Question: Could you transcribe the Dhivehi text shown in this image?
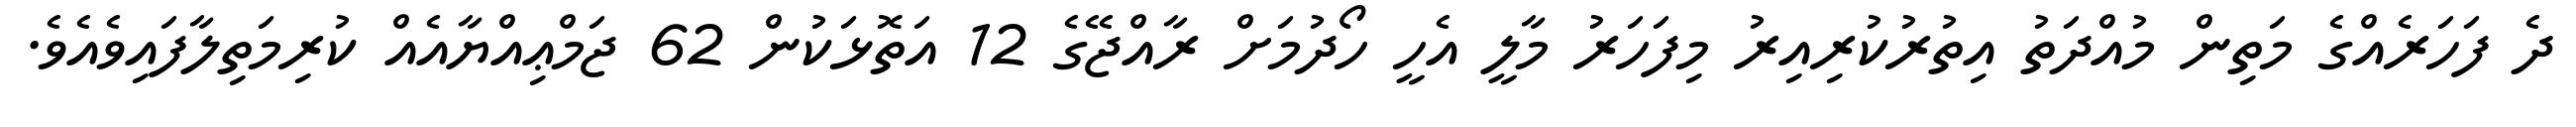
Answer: ދެ ފަހަރެއްގެ މަތިން މުއްދަތު އިތުރުކުރިއިރު މިފަހަރު މާލީ އެހީ ހޯދުމަށް ރާއްޖޭގެ 12 އަތޮޅަކުން 62 ޖަމްޢިއްޔާއެއް ކުރިމަތިލާފައިވެއެވެ.